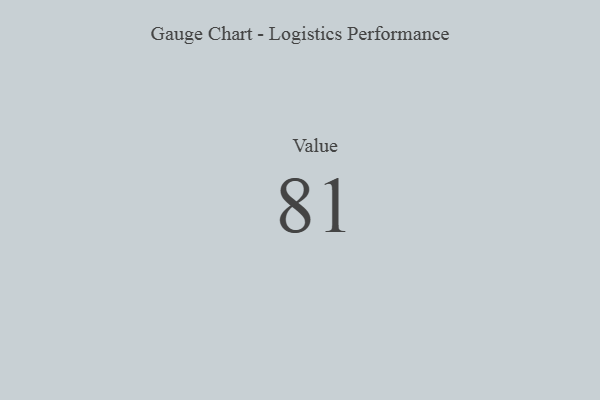
{"axis": {"x": "Metric", "y": "Value"}, "legend": [""], "data": [{"x": "Value", "y": 81, "type": ""}]}